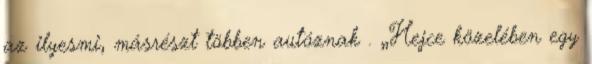
az ilyesmi, másrészt többen autóznak . „Hejce közelében egy